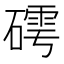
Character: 𱴭